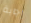
إجابة